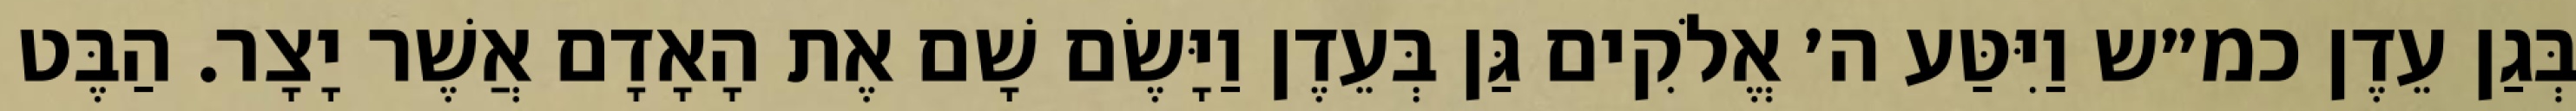
בְּגַן עֵדֶן כמ״ש וַיִּטַּע ה׳ אֱלֹקִים גַּן בְּעֵדֶן וַיָּשֶׂם שָׁם אֶת הָאָדָם אֲשֶׁר יָצָר. הַבֶּט